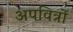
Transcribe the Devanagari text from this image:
अपवित्रों